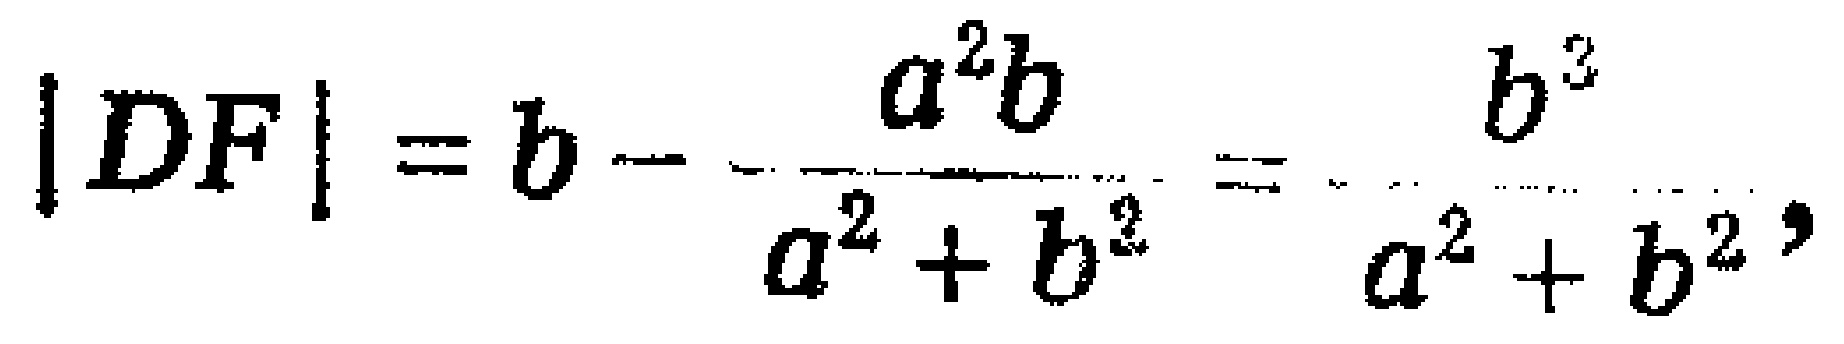
\(|DF| = b - \frac{a^{2}b}{a^{2}+b^{2}}=\frac{b^{3}}{a^{2}+b^{2}},\)